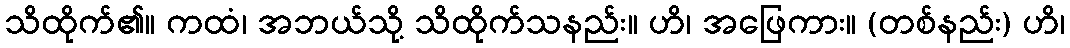
သိထိုက်၏။ ကထံ၊ အဘယ်သို့ သိထိုက်သနည်း။ ဟိ၊ အဖြေကား။ (တစ်နည်း) ဟိ၊